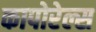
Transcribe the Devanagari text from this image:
कापोरेल्स